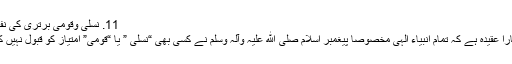
11. نسلی وقومی برتری کی نفی:
ہمارا عقیدہ ہے کہ تمام انبیاء الٰہی مخصوصاً پیغمبر اسلام صلی الله علیہ وآلہ وسلم نے کسی بھی “نسلی ” یا “قومی” امتیاز کو قبول نہیں کیا۔